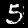
Digit: 5